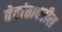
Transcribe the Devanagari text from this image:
वेदांतावरील